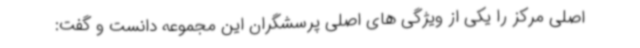
اصلی مرکز را یکی از ویژگی های اصلی پرسشگران این مجموعه دانست و گفت: